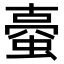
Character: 𧍾